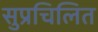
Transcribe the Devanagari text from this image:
सुप्रचिलित